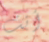
أنت